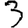
Digit: 3